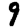
Digit: 9